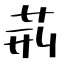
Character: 荊